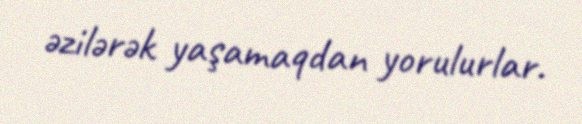
əzilərək yaşamaqdan yorulurlar.